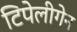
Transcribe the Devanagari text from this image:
टिपेलीगेन